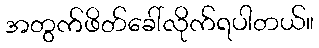
အတွက်ဖိတ်ခေါ်လိုက်ရပါတယ်။